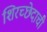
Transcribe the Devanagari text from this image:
शिरच्छेदाची